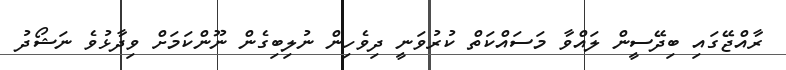
ރާއްޖޭގައި ބިދޭސީން ލައްވާ މަސައްކަތް ކުރުވަނީ ދިވެހިން ނުލިބިގެން ނޫންކަމަށް ވިދާޅުވެ ނަޝޯދު